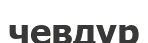
чевдур